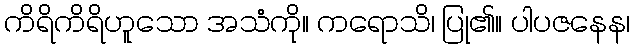
ကိရိကိရိဟူသော အသံကို။ ကရောသိ၊ ပြု၏။ ပါပဇနေန၊